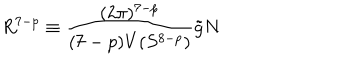
LaTeX: R ^ { 7 - p } \equiv \frac { ( 2 \pi ) ^ { 7 - p } } { ( 7 - p ) V ( S ^ { 8 - p } ) } \tilde { g } N